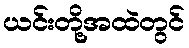
ယင်းတို့အထဲတွင်